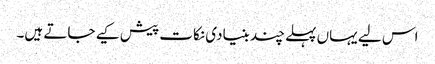
اس لیے یہاں پہلے چند بنیادی نکات پیش کیے جاتے ہیں۔